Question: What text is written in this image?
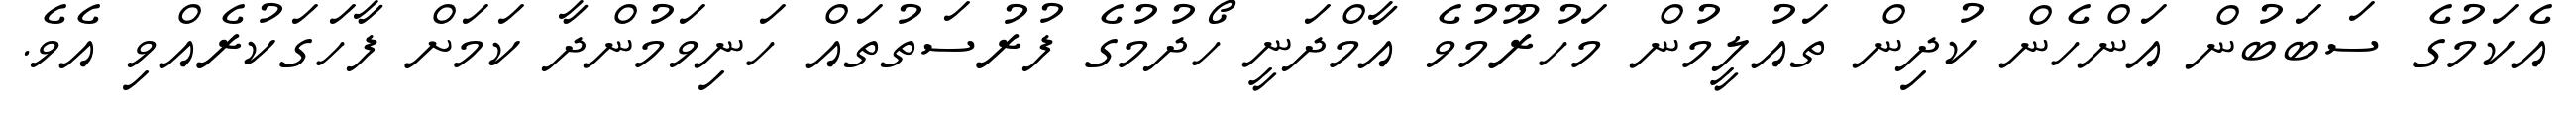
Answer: އެކަމުގެ ސަބަބުން އަންހެން ކުދިން ތައުލީމުން މަހުރޫމުވެ އާމްދަނީ ހޯދުމުގެ ފުރުސަތުތައް ހަނިވަމުންދާ ކަމަށް ފާހަގަކުރެއްވި އެވެ.